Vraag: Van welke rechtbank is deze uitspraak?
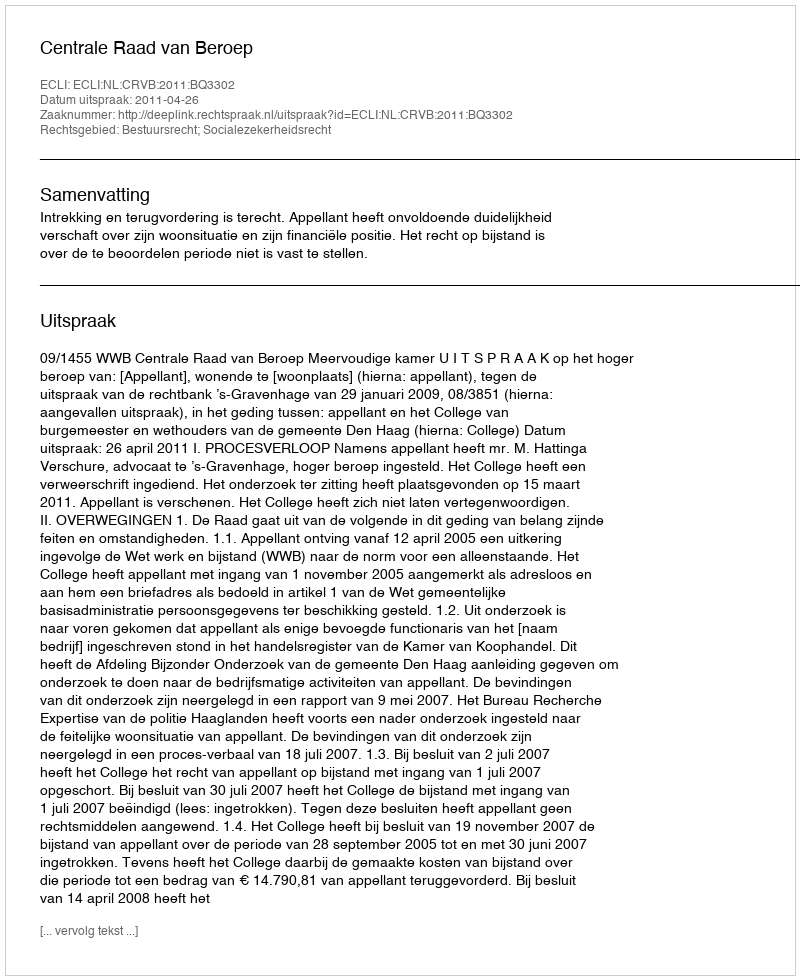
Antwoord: Centrale Raad van Beroep